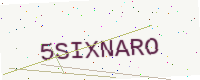
Text: 5SIXNARO